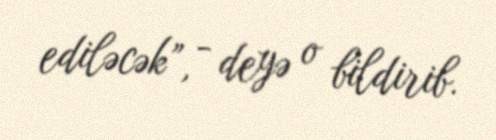
ediləcək”, - deyə o bildirib.